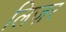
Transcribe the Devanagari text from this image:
लिज़र